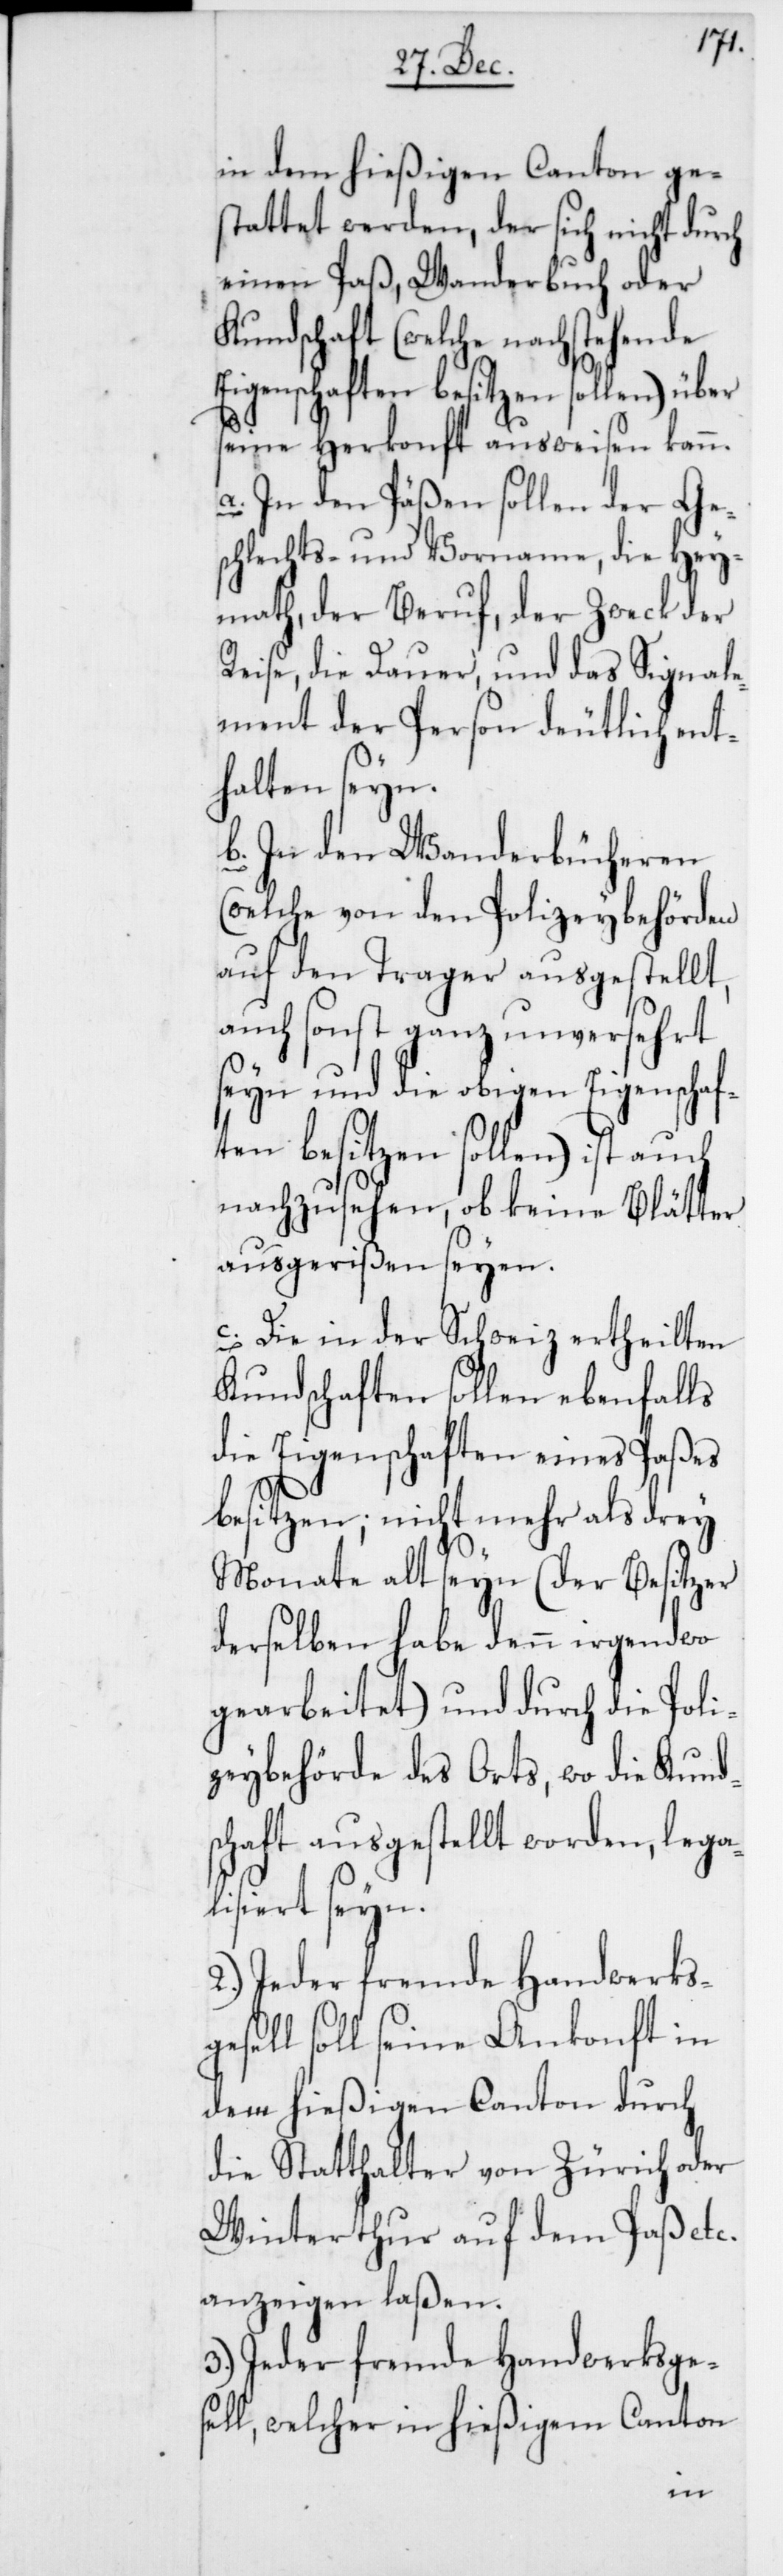
in dem hießigen Canton ge¬
stattet werden, der sich nicht durch
einen Paß, Wanderbuch oder
Kundschaft (welche nachstehende
Eigenschaften besitzen sollen) über
seine Herkonft ausweisen kann.
a. In den Päßen sollen der Ge¬
schlechts- und Vorname, die Hey¬
math, der Beruf, der Zweck der
Reise, die Dauer, und das Signale¬
ment der Person deutlich ent¬
halten seyn.
b. In den Wanderbücheren
(welche von den Polizeybehörden
auf den Trager ausgestellt,
auch sonst ganz unversehrt
seyn und die obigen Eigenschaf¬
ten besitzen sollen) ist auch
nachzusehen, ob keine Blätter
ausgerißen seyen.
c. Die in der Schweiz ertheilten
Kundschaften sollen ebenfalls
die Eigenschaften eines Paßes
besitzen; nicht mehr als drey
Monate alt seyn (der Besitzer
derselben habe denn irgendwo
gearbeitet) und durch die Poli¬
zeybehörde des Orts, wo die Kund¬
schaft ausgestellt worden, legal¬
isiert seyn.
sell soll seine Ankonft in
dem hießigen Canton durch
die Statthalter von Zürich oder
Winterthur auf dem Paß etc.
anzeigen laßen.
3.) Jeder fremde Handwerksge¬
sell, welcher in hießigem Canton